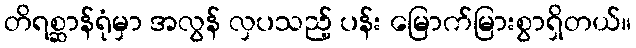
တိရစ္ဆာန်ရုံမှာ အလွန် လှပသည့် ပန်း မြောက်မြားစွာရှိတယ်။